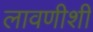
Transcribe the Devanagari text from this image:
लावणीशी